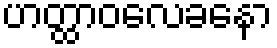
ဟတ္ထာဝလေခနော